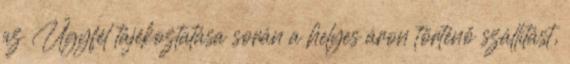
az Ügyfél tájékoztatása során a helyes áron történő szállítást,